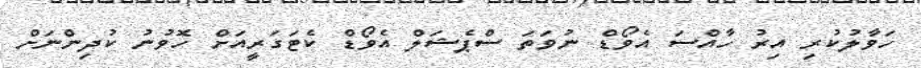
ހަވާލުކުރި އިރު ހާއްސަ އެވޯޑް ނުވަތަ ސްޕެޝަލް އެވޯޑް ކެޓަގަރީއަށް ހޮވުނު ކުދިންނަށް